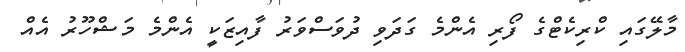
މާލޭގައި ކްރިކެޓްގެ ފޯރި އެންމެ ގަދަވި ދުވަސްވަރު ފާއިޒަކީ އެންމެ މަޝްހޫރު އެއް